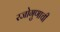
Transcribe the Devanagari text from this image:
रजोगुणाची